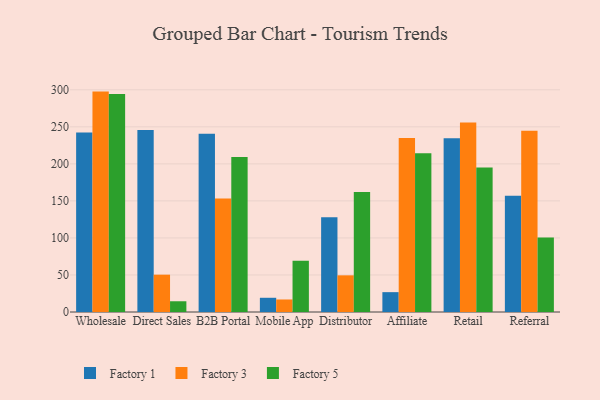
{"axis": {"x": "Channel", "y": "Bounce Rate (%)"}, "legend": ["Factory 1", "Factory 3", "Factory 5"], "data": [{"x": "Wholesale", "y": 242.3, "type": "Factory 1"}, {"x": "Wholesale", "y": 297.6, "type": "Factory 3"}, {"x": "Wholesale", "y": 294.3, "type": "Factory 5"}, {"x": "Direct Sales", "y": 245.8, "type": "Factory 1"}, {"x": "Direct Sales", "y": 50.4, "type": "Factory 3"}, {"x": "Direct Sales", "y": 14.5, "type": "Factory 5"}, {"x": "B2B Portal", "y": 240.6, "type": "Factory 1"}, {"x": "B2B Portal", "y": 153.1, "type": "Factory 3"}, {"x": "B2B Portal", "y": 209.2, "type": "Factory 5"}, {"x": "Mobile App", "y": 19.2, "type": "Factory 1"}, {"x": "Mobile App", "y": 16.9, "type": "Factory 3"}, {"x": "Mobile App", "y": 69.1, "type": "Factory 5"}, {"x": "Distributor", "y": 127.8, "type": "Factory 1"}, {"x": "Distributor", "y": 49.5, "type": "Factory 3"}, {"x": "Distributor", "y": 161.9, "type": "Factory 5"}, {"x": "Affiliate", "y": 26.8, "type": "Factory 1"}, {"x": "Affiliate", "y": 234.9, "type": "Factory 3"}, {"x": "Affiliate", "y": 214.5, "type": "Factory 5"}, {"x": "Retail", "y": 234.5, "type": "Factory 1"}, {"x": "Retail", "y": 255.8, "type": "Factory 3"}, {"x": "Retail", "y": 195.2, "type": "Factory 5"}, {"x": "Referral", "y": 156.9, "type": "Factory 1"}, {"x": "Referral", "y": 244.8, "type": "Factory 3"}, {"x": "Referral", "y": 100.6, "type": "Factory 5"}]}